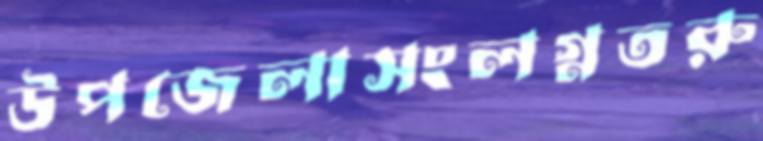
উপজেলাসংলগ্নতরু